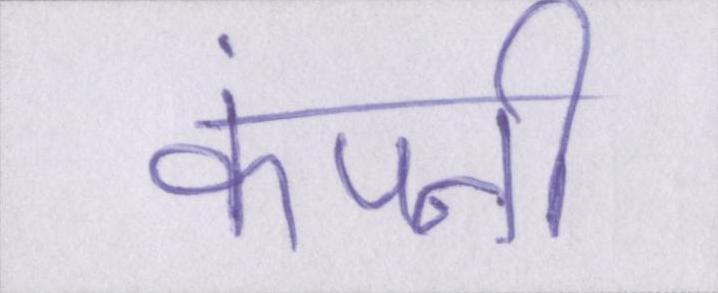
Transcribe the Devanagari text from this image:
कंपनी